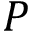
P